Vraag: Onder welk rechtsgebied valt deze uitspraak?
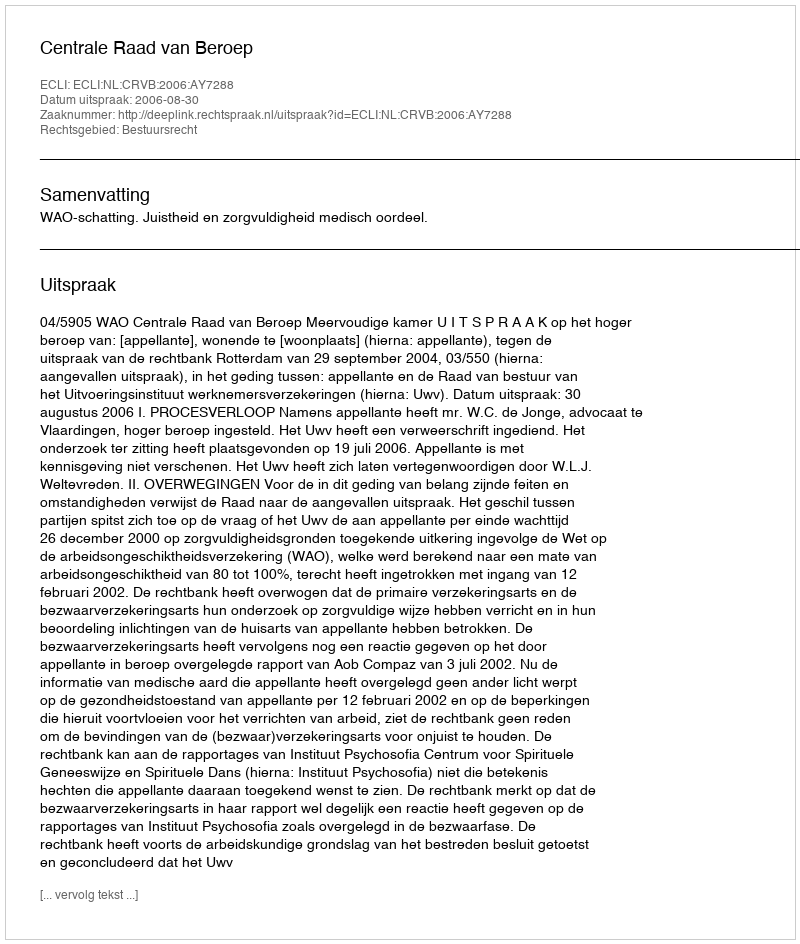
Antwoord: Bestuursrecht